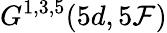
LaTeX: G^{1,3,5}(5d,5\mathcal{F})